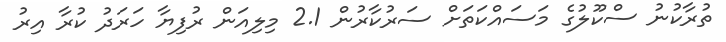
ތުރާކުނު ސްކޫލުގެ މަސައްކަތަށް ސަރުކާރުން 2.1 މިލިއަން ރުފިޔާ ހަރަދު ކުރާ އިރު